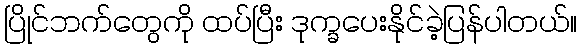
ပြိုင်ဘက်တွေကို ထပ်ပြီး ဒုက္ခပေးနိုင်ခဲ့ပြန်ပါတယ်။